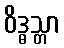
ဝိဒ္ဓသ္တာ